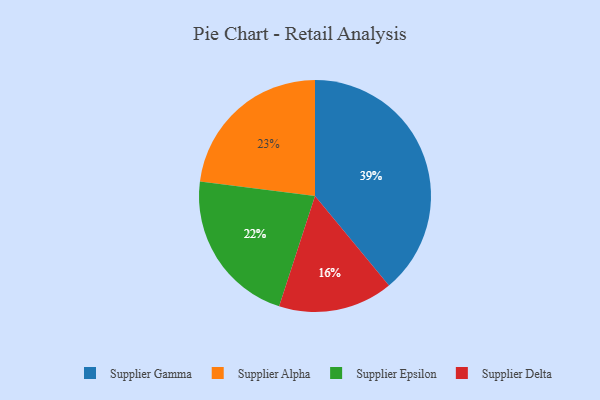
{"axis": {"x": "Category", "y": "Percentage"}, "legend": ["Supplier Alpha", "Supplier Delta", "Supplier Epsilon", "Supplier Gamma"], "data": [{"x": "Supplier Delta", "y": 16, "type": "Supplier Delta"}, {"x": "Supplier Epsilon", "y": 22, "type": "Supplier Epsilon"}, {"x": "Supplier Alpha", "y": 23, "type": "Supplier Alpha"}, {"x": "Supplier Gamma", "y": 39, "type": "Supplier Gamma"}]}